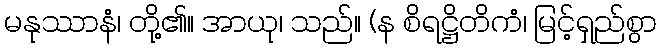
မနုဿာနံ၊ တို့၏။ အာယု၊ သည်။ (န စိရဋ္ဌိတိကံ၊ မြင့်ရှည်စွာ